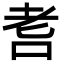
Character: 䎛